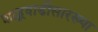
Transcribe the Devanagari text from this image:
शाहूवाडीसारख्या